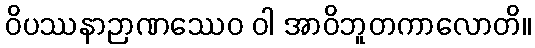
ဝိပဿနာဉာဏဿေဝ ဝါ အာဝိဘူတကာလောတိ။